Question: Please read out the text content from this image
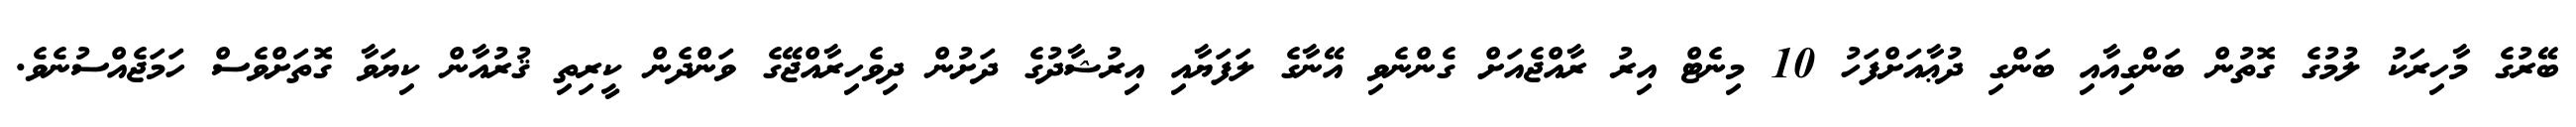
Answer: ބޭރުގެ މާހިރަކު ލުމުގެ ގޮތުން ބަންގިއާއި ބަންގި ދުޢާއަށްފަހު 10 މިނެޓް އިރު ރާއްޖެއަށް ގެންނެވި އޭނާގެ ލަފަޔާއި އިރުޝާދުގެ ދަށުން ދިވެހިރާއްޖޭގެ ވަންދެން ކީރިތި ޤުރުއާން ކިޔަވާ ގޮތަށްވެސް ހަމަޖެއްސުނެވެ.